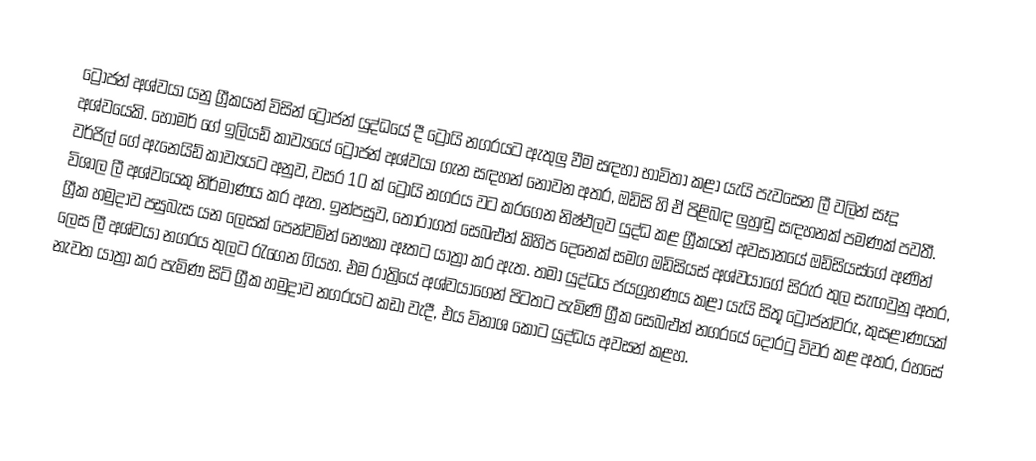
ට්‍රෝජන් අශ්වයා යනු ග්‍රීකයන් විසින් ට්‍රෝජන් යුද්ධයේ දී ට්‍රෝයි නගරයට ඇතුලු වීම සඳහා භාවිතා කළා යැයි පැවසෙන ලී වලින් සෑදූ අශ්වයෙකි. හෝමර් ගේ ඉලියඩ් කාව්‍යයේ ට්‍රෝජන් අශ්වයා ගැන සඳහන් නොවන අතර, ඔඩිසි හි ඒ පිළිබඳ ලුහුඬු සඳහනක් පමණක් පවතී. වර්ජිල් ගේ ඇනෙයිඩ් කාව්‍යයට අනුව, වසර 10 ක් ට්‍රෝයි නගරය වට කරගෙන නිෂ්ඵලව යුද්ධ කළ ග්‍රීකයන් අවසානයේ ඔඩිසියස්ගේ අණින් විශාල ලී අශ්වයෙකු නිර්මාණය කර ඇත. ඉන්පසුව, තෝරාගත් සෙබළුන් කිහිප දෙනෙක් සමග ඔඩිසියස් අශ්වයාගේ සිරුර තුල සැඟවුනු අතර, ග්‍රීක හමුදාව පසුබැස යන ලෙසක් පෙන්වමින් නෞකා ඈතට යාත්‍රා කර ඇත. තමා යුද්ධය ජයග්‍රහණය කළා යැයි සිතූ ට්‍රෝජන්වරු, කුසළාණයක් ලෙස ලී අශ්වයා නගරය තුලට රැගෙන ගියහ. එම රාත්‍රියේ අශ්වයාගෙන් පිටතට පැමිණි ග්‍රීක සෙබළුන් නගරයේ දොරටු විවර කළ අතර, රහසේ නැවත යාත්‍රා කර පැමිණ සිටි ග්‍රීක හමුදාව නගරයට කඩා වැදී, එය විනාශ කොට යුද්ධය අවසන් කළහ.